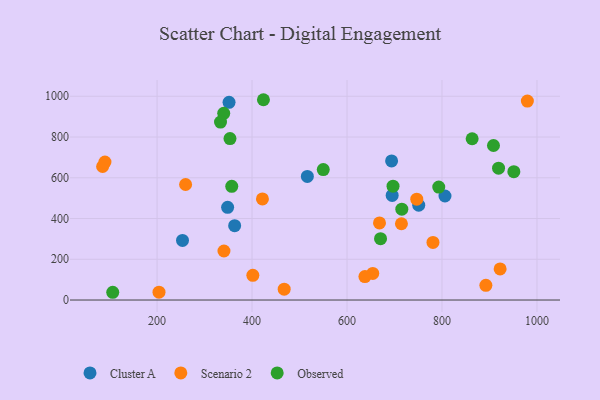
{"axis": {"x": "Price", "y": "Demand"}, "legend": ["Cluster A", "Observed", "Scenario 2"], "data": [{"x": "516.5", "y": 606.6, "type": "Cluster A"}, {"x": "351.6", "y": 970.2, "type": "Cluster A"}, {"x": "806.3", "y": 510.4, "type": "Cluster A"}, {"x": "695.1", "y": 513.4, "type": "Cluster A"}, {"x": "751.0", "y": 465.5, "type": "Cluster A"}, {"x": "693.9", "y": 682.5, "type": "Cluster A"}, {"x": "363.4", "y": 364.9, "type": "Cluster A"}, {"x": "348.6", "y": 454.9, "type": "Cluster A"}, {"x": "253.6", "y": 292.6, "type": "Cluster A"}, {"x": "892.4", "y": 72.1, "type": "Scenario 2"}, {"x": "668.4", "y": 378.6, "type": "Scenario 2"}, {"x": "922.4", "y": 152.7, "type": "Scenario 2"}, {"x": "340.9", "y": 240.6, "type": "Scenario 2"}, {"x": "781.0", "y": 282.8, "type": "Scenario 2"}, {"x": "401.7", "y": 121.3, "type": "Scenario 2"}, {"x": "260.1", "y": 566.9, "type": "Scenario 2"}, {"x": "421.9", "y": 495.9, "type": "Scenario 2"}, {"x": "467.7", "y": 53.0, "type": "Scenario 2"}, {"x": "654.2", "y": 130.7, "type": "Scenario 2"}, {"x": "746.9", "y": 495.1, "type": "Scenario 2"}, {"x": "85.4", "y": 655.3, "type": "Scenario 2"}, {"x": "90.3", "y": 676.8, "type": "Scenario 2"}, {"x": "637.7", "y": 115.1, "type": "Scenario 2"}, {"x": "714.6", "y": 374.2, "type": "Scenario 2"}, {"x": "204.1", "y": 38.3, "type": "Scenario 2"}, {"x": "979.8", "y": 976.6, "type": "Scenario 2"}, {"x": "951.3", "y": 630.0, "type": "Observed"}, {"x": "715.4", "y": 445.8, "type": "Observed"}, {"x": "793.2", "y": 554.2, "type": "Observed"}, {"x": "919.1", "y": 646.9, "type": "Observed"}, {"x": "340.4", "y": 916.4, "type": "Observed"}, {"x": "333.6", "y": 873.2, "type": "Observed"}, {"x": "357.3", "y": 558.1, "type": "Observed"}, {"x": "670.6", "y": 301.0, "type": "Observed"}, {"x": "908.4", "y": 758.3, "type": "Observed"}, {"x": "424.0", "y": 983.0, "type": "Observed"}, {"x": "353.6", "y": 792.4, "type": "Observed"}, {"x": "550.0", "y": 640.1, "type": "Observed"}, {"x": "863.5", "y": 791.4, "type": "Observed"}, {"x": "106.7", "y": 38.0, "type": "Observed"}, {"x": "696.9", "y": 558.9, "type": "Observed"}]}